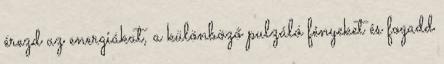
érezd az energiákat, a különböző pulzáló fényeket és fogadd